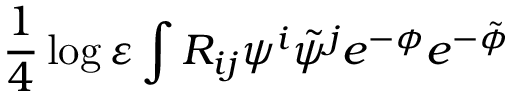
\frac 1 4 \log \varepsilon \int R _ { i j } \psi ^ { i } \tilde { \psi } ^ { j } e ^ { - \phi } e ^ { - \tilde { \phi } }